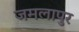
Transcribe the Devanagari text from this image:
जमलापुर